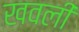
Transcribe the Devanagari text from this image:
खवली